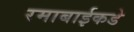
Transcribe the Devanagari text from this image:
रमाबाईकडे